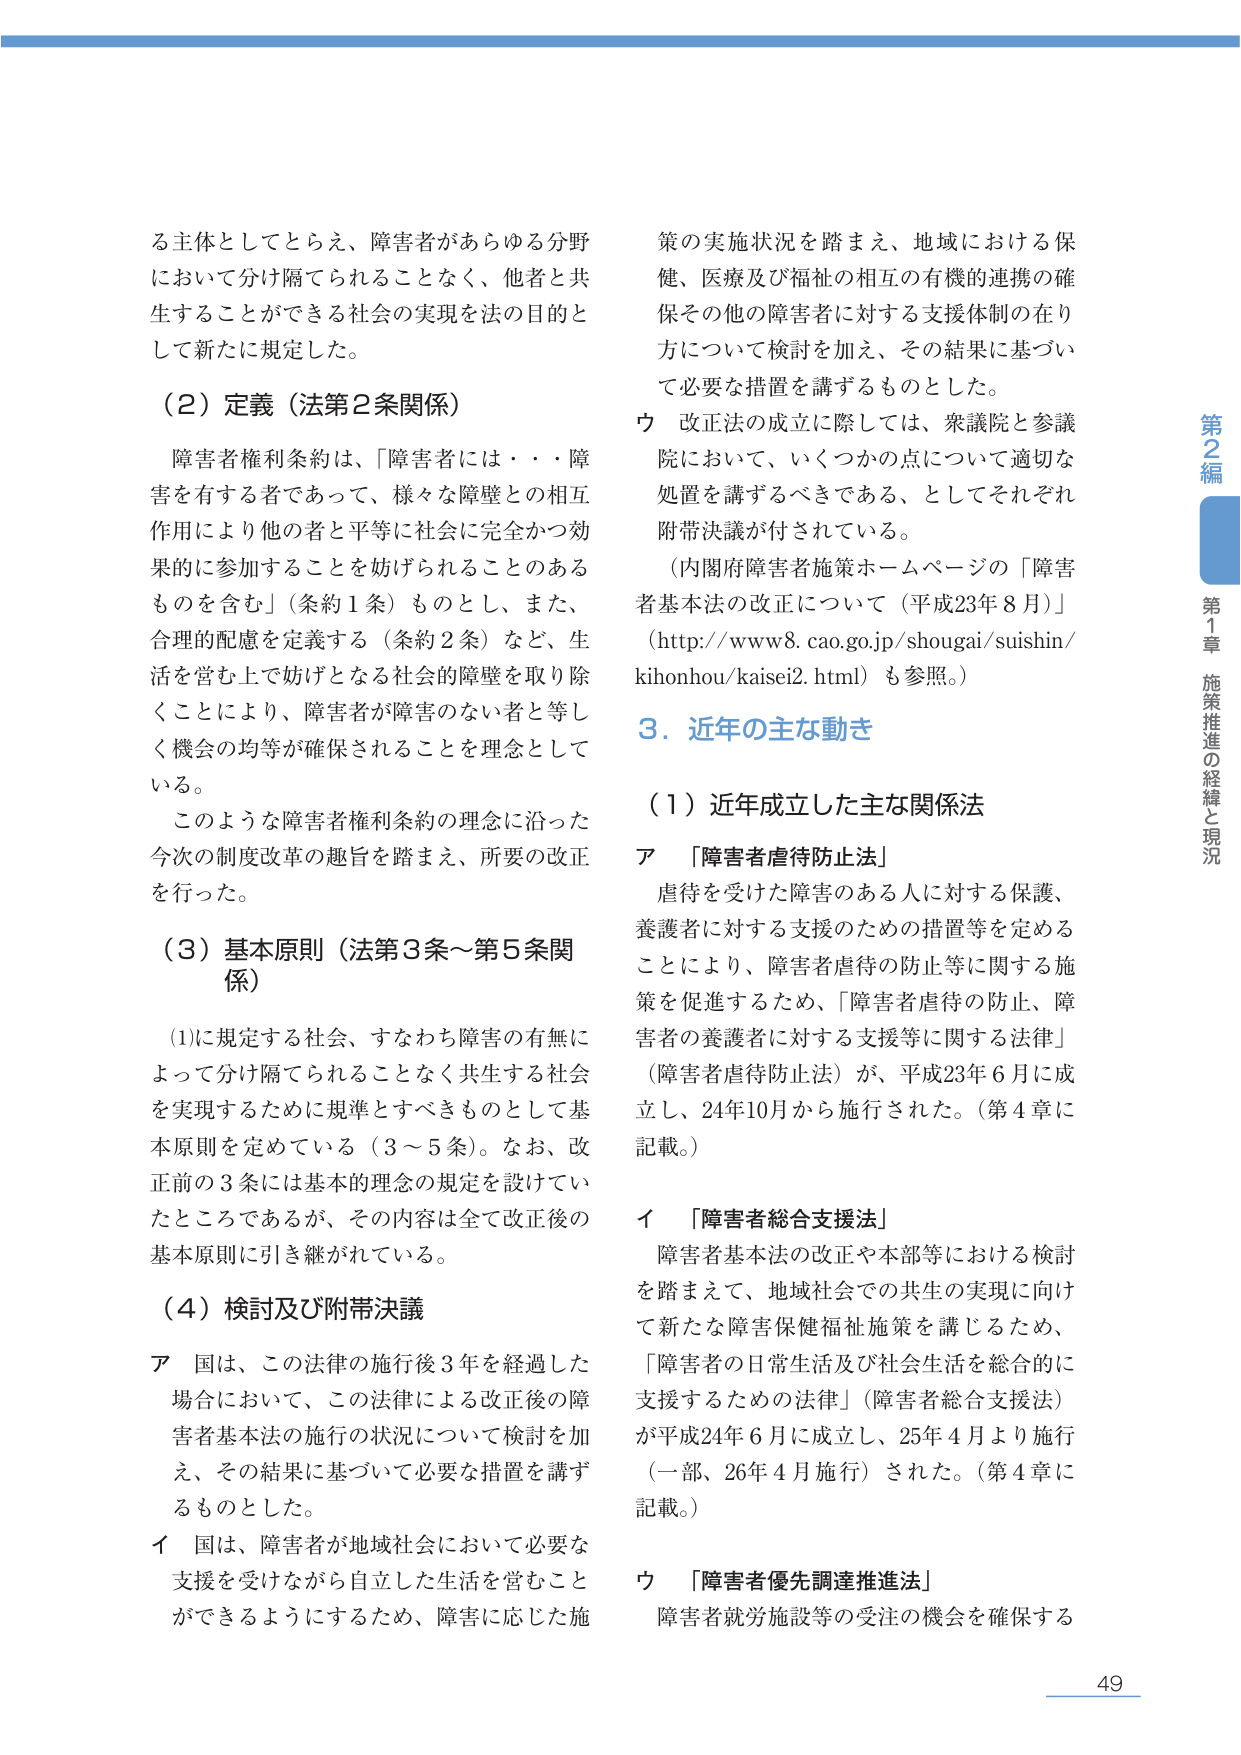
る主体としてとらえ、障害者があらゆる分野において分け隔てられることなく、他者と共生することができる社会の実現を法の目的として新たに規定した。

（２）定義（法第２条関係）

障害者権利条約は、「障害者には・・・障害を有する者であって、様々な障壁との相互作用により他の者と平等に社会に完全かつ効果的に参加することを妨げられることのあるものを含む」（条約１条）ものとし、また、合理的配慮を定義する（条約２条）など、生活を営む上で妨げとなる社会的障壁を取り除くことにより、障害者が障害のない者と等しく機会の均等が確保されることを理念としている。

このような障害者権利条約の理念に沿った今次の制度改革の趣旨を踏まえ、所要の改正を行った。

（３）基本原則（法第３条～第５条関係）

（1）に規定する社会、すなわち障害の有無によって分け隔てられることなく共生する社会を実現するために規準とすべきものとして基本原則を定めている（3～5条）。なお、改正前の3条には基本的理念の規定を設けていたところであるが、その内容は全て改正後の基本原則に引き継がれている。

（４）検討及び附帯決議

ア 国は、この法律の施行後3年を経過した場合において、この法律による改正後の障害者基本法の施行の状況について検討を加え、その結果に基づいて必要な措置を講ずるものとした。

イ 国は、障害者が地域社会において必要な支援を受けながら自立した生活を営むことができるようにするため、障害に応じた施策の実施状況を踏まえ、地域における保健、医療及び福祉の相互の有機的連携の確保その他の障害者に対する支援体制の在り方について検討を加え、その結果に基づいて必要な措置を講ずるものとした。

ウ 改正法の成立に際しては、衆議院と参議院において、いくつかの点について適切な処置を講ずるべきである、としてそれぞれ附帯決議が付されている。

（内閣府障害者施策ホームページの「障害者基本法の改正について（平成23年8月）」（http://www8.cao.go.jp/shougai/suishin/kihonhou/kaisei2.html）も参照。）

3．近年の主な動き

（1）近年成立した主な関係法

ア 「障害者虐待防止法」

虐待を受けた障害のある人に対する保護、養護者に対する支援のための措置等を定めることにより、障害者虐待の防止等に関する施策を促進するため、「障害者虐待の防止、障害者の養護者に対する支援等に関する法律」（障害者虐待防止法）が、平成23年6月に成立し、24年10月から施行された。（第4章に記載。）

イ 「障害者総合支援法」

障害者基本法の改正や本部等における検討を踏まえて、地域社会での共生の実現に向けて新たな障害保健福祉施策を講じるため、「障害者の日常生活及び社会生活を総合的に支援するための法律」（障害者総合支援法）が平成24年6月に成立し、25年4月より施行（一部、26年4月施行）された。（第4章に記載。）

ウ 「障害者優先調達推進法」

障害者就労施設等の受注の機会を確保する

第2編
第1章 施策推進の経緯と現況

49